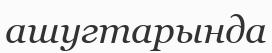
ашугтарында